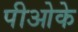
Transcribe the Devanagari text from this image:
पीओके